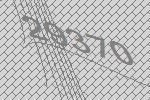
29370